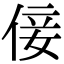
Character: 倿